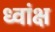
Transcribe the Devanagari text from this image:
ध्वांक्ष